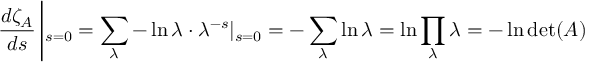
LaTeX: \frac { d \zeta _ { A } } { d s } \left| _ { s = 0 } = \sum _ { \lambda } - \ln \lambda \cdot \lambda ^ { - s } | _ { s = 0 } = - \sum _ { \lambda } \ln \lambda = \ln \prod _ { \lambda } \lambda = - \ln \operatorname * { d e t } ( A ) \right.